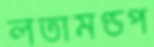
লতামণ্ডপ